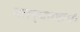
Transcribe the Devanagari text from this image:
कल्याणांची